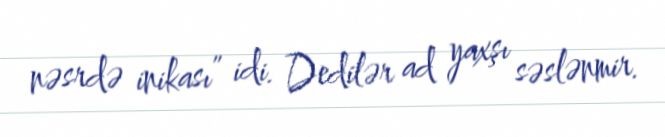
nəsrdə inikası” idi. Dedilər ad yaxşı səslənmir.